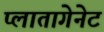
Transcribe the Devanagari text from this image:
प्लातागेनेट